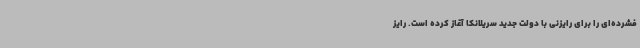
فشرده‌ای را برای رایزنی با دولت جدید سریلانکا آغاز کرده است. رایز